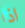
اذا